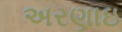
અરણાઇ